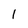
Character: 1